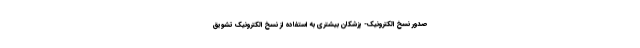
صدور نسخ الکترونیک- پزشکان بیشتری به استفاده از نسخ الکترونیک تشویق